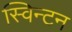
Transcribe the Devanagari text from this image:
स्विन्टन